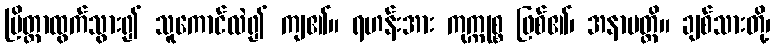
ပြိတ္တာထွက်သွား၍ သူကောင်လဲ၍ ကျ၏။ ရဟန်းအား ကုက္ကုစ္စ ဖြစ်၏၊ အနာပတ္တိ။ ချစ်သားတို့၊